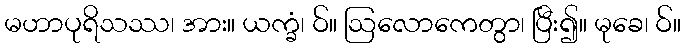
မဟာပုရိသဿ၊ အား။ ယက္ခံ၊ ဝ်။ ဩလောကေတွာ၊ ပြီး၍။ မုခေ၊ ဝ်။